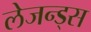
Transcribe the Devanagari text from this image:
लेजन्ड्स